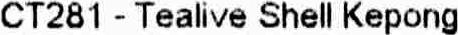
CT281 - TEALIVE SHELL KEPONG